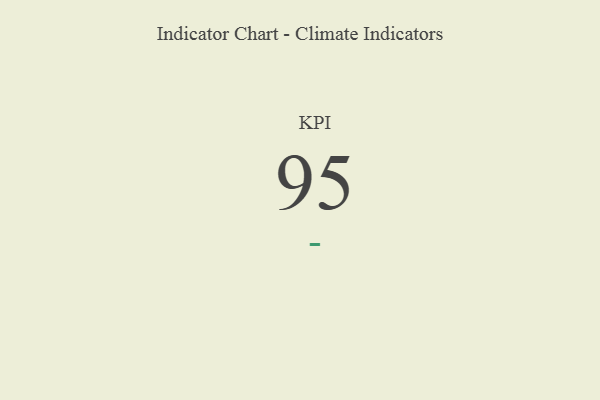
{"axis": {"x": "KPI", "y": "Value"}, "legend": [""], "data": [{"x": "KPI", "y": 95, "type": ""}]}